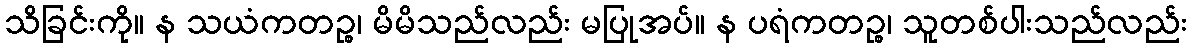
သိခြင်းကို။ န သယံကတဉ္စ၊ မိမိသည်လည်း မပြုအပ်။ န ပရံကတဉ္စ၊ သူတစ်ပါးသည်လည်း